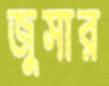
জুসার